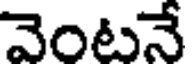
వెంటనే